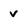
Character: v